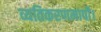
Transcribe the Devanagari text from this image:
व्यतिकरणमापी।